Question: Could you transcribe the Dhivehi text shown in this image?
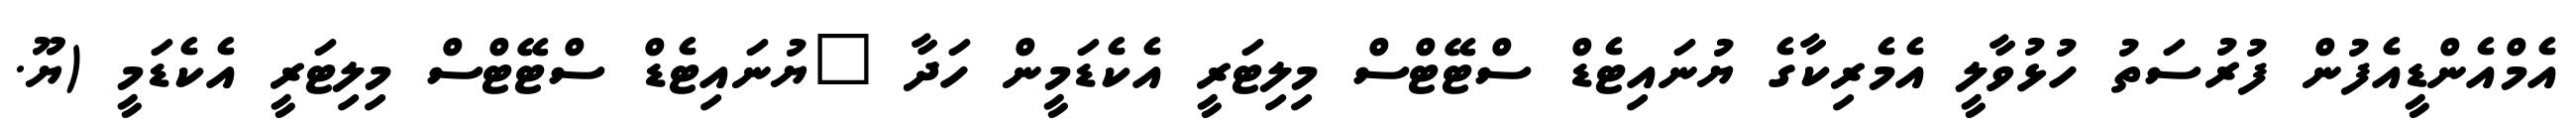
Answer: އެމްއެންޑީއެފުން ފުރުސަތު ހުޅުވާލީ އެމެރިކާގެ ޔުނައިޓެޑް ސްޓޭޓްސް މިލިޓަރީ އެކެޑަމީން ހަދާ "ޔުނައިޓެޑް ސްޓޭޓްސް މިލިޓަރީ އެކެޑަމީ (ޔޫ.